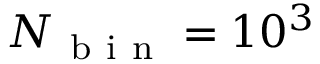
N _ { \mathrm { ~ b ~ i ~ n ~ } } = 1 0 ^ { 3 }